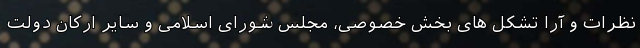
نظرات و آرا تشکل های بخش خصوصی، مجلس شورای اسلامی و سایر ارکان دولت